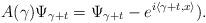
LaTeX: \begin{align*}A(\gamma)\Psi_{\gamma+t}=\Psi_{\gamma+t}-e^{i\left\langle \gamma+t,x\right\rangle }).\end{align*}